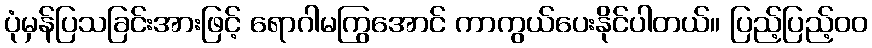
ပုံမှန်ပြသခြင်းအားဖြင့် ရောဂါမကြွအောင် ကာကွယ်ပေးနိုင်ပါတယ်။ ပြည့်ပြည့်ဝဝ